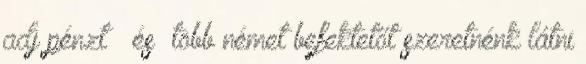
adj pénzt ” és „több német befektetőt szeretnénk látni